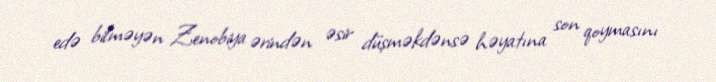
edə bilməyən Zenobiya ərindən əsir düşməkdənsə həyatına son qoymasını